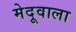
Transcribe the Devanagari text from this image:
मेदूवाला